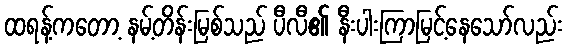
ထရန့်ကတော့ နမ့်တိန်းမြစ်သည် ပီလီ၏ နီးပါးကြာမြင့်နေသော်လည်း